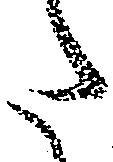
た